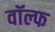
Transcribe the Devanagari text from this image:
वॉल्फ